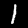
Label: 1